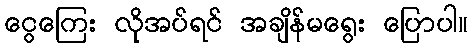
ငွေကြေး လိုအပ်ရင် အချိန်မရွေး ပြောပါ။